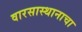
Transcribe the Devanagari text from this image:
वारसास्थानाचा